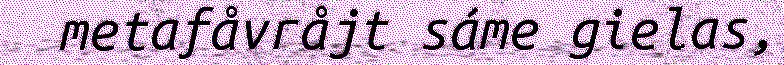
metafåvråjt sáme gielas,